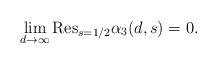
LaTeX: \begin{align*}&\lim_{d\rightarrow\infty}\mathrm{Res}_{s=1/2}\alpha_3(d,s)=0.\end{align*}